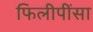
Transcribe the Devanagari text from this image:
फिलीपींसा